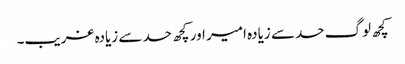
کچھ لوگ حد سے زیادہ امیر اور کچھ حد سے زیادہ غریب۔